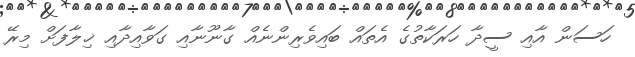
ހަސަން އާއި ސީދާ ހަރަކާތުގެ އެތައް ބައިވެރިންނެއް ގާނޫނާއި ގަވާއިދާއި ޚިލާފަށް މިރޭ